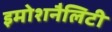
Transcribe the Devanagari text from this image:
इमोशनैलिटी